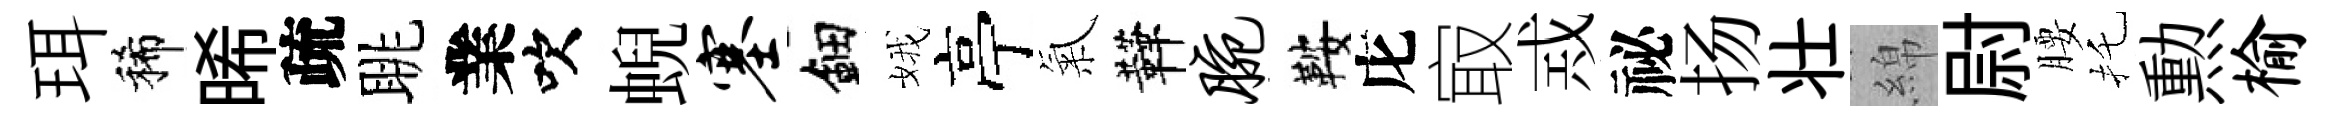
珥稀晞疏眺業吹蜺塞鈿娥亭氣鞾腕鞍庀㝡𢦶祕扬壮綿尉腰托勲榆